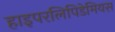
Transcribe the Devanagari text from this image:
हाइपरलिपिडेमियस